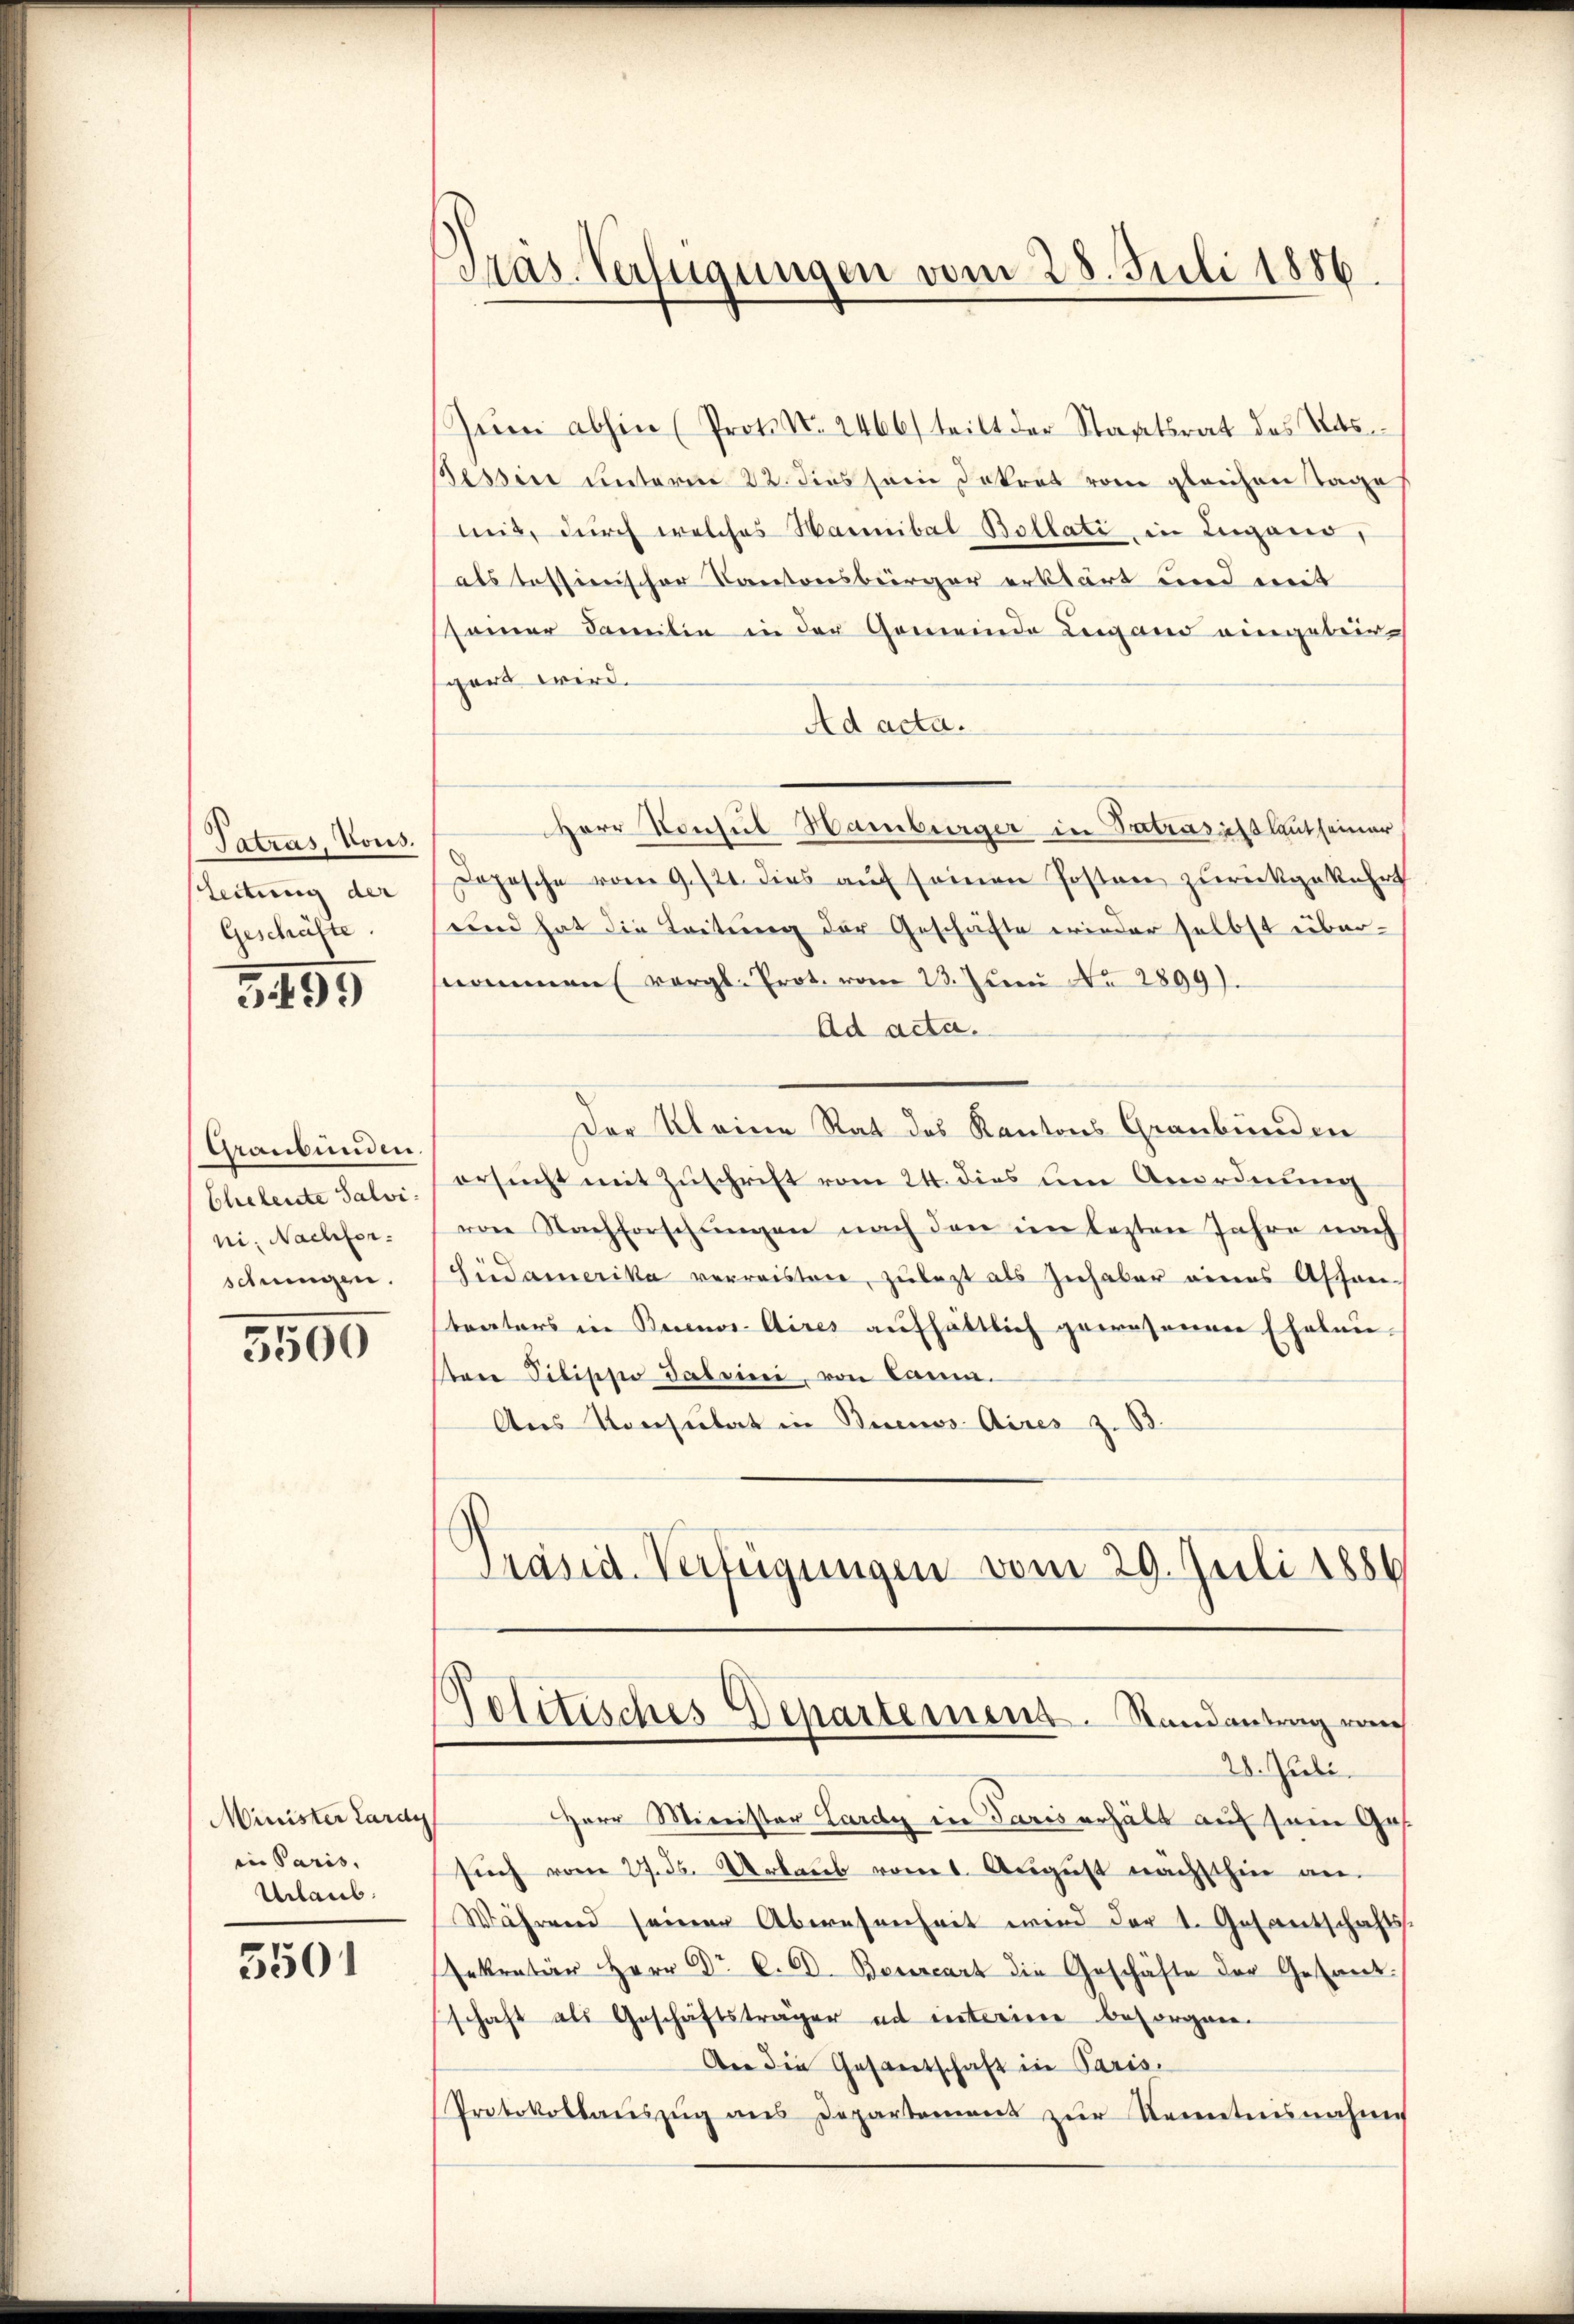
Tatras, Vous.
Leitung der
Geschäfte.

3499

Graubünden.
Eheleute Salvi
ni. Nachforschungen.

5500

Minister Lardy
in Paris,
Urlaub.

5501

Präs. Verfügungen vom 28. Juli 1886

Zum abhin (Proto No. 2466/ teilt der Staatsrat des Tats
Tessin unterm 22. dies sein Dekret vom gleichen Tage
mit, durch welches Hannibal Bollati in Lugano,
als tessinischer Kantonsbürger erklärt und mit
samer Familie in der Gemeinde Lugand eingebergart wird.
Ad acta.
HHerr Konsul Hamburger in Betradislaut seiner
Dopische vom 9. 121. dies auf seinen Posten zurückgekehrt
und hat die Leitung der Geschäfte wieder selbst übernommen vergl. Prot. vom 23. Juni No 2899).
Ad acta.
Der Kleine Rat des Kantons Graubünden
ersucht mit Zuschrift vom 24. dies um Anordnung
von Nachforschungen nach den im lezten Jahre nach
Sindamerika verreisten, zuletzt als Inhaber eines Assen-
trators in Buenos Aires aufhältlich gewesenen Eheleusten Pilische Saleini, von Camm
Aus Konsulat in Buenos Aires z. B.
Präsid-Verfügungen vom 29. Juli 1886

.
olitisches Departemens. Randantrag von
28. Juli.

Herr Minister Lardy in Paris erhält auf sein Ges.
such vom 27. ds. Urlaub vom 1. August nächsthin an.
Während seiner Abernseichnet wird der 1. Gesantschaftss
Gekretär Herr Dr. C. 60. Beurcart die Geschäfte der Gesant.
schaft als Geschäftsträger ad interine besorgen.
An die Gesantschaft in Paris.
Protokollaŭszŭg ans Departement zŭr Kenntnisnahme